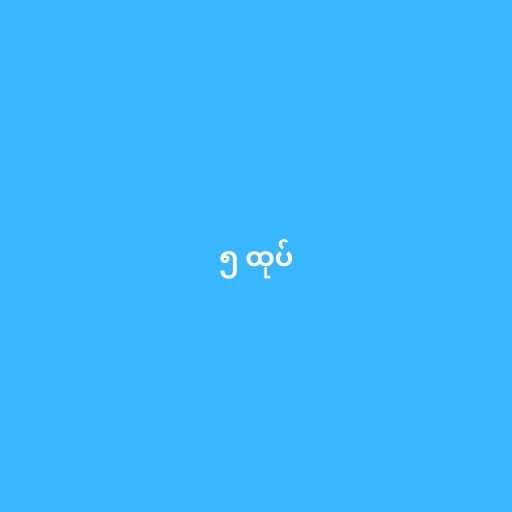
၅ ထုပ်